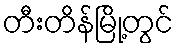
တီးတိန်မြို့တွင်